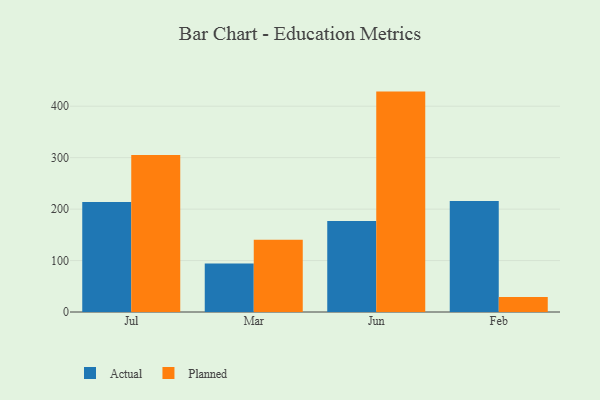
{"axis": {"x": "Month", "y": "Energy Usage (MWh)"}, "legend": ["Actual", "Planned"], "data": [{"x": "Jul", "y": 213.6, "type": "Actual"}, {"x": "Jul", "y": 305.0, "type": "Planned"}, {"x": "Mar", "y": 94.4, "type": "Actual"}, {"x": "Mar", "y": 140.4, "type": "Planned"}, {"x": "Jun", "y": 177.1, "type": "Actual"}, {"x": "Jun", "y": 428.4, "type": "Planned"}, {"x": "Feb", "y": 215.8, "type": "Actual"}, {"x": "Feb", "y": 29.3, "type": "Planned"}]}